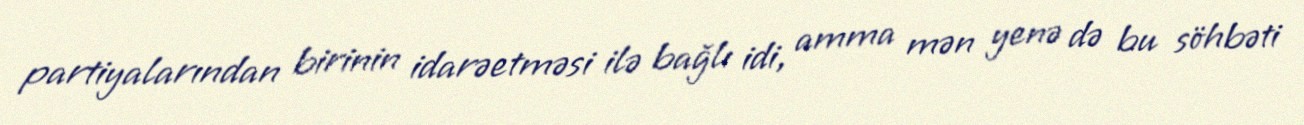
partiyalarından birinin idarəetməsi ilə bağlı idi, amma mən yenə də bu söhbəti